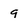
Character: 9